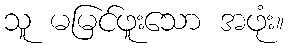
သူ မမြင်ဖူးသော အဖုံး။